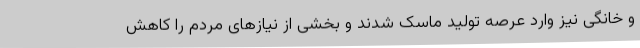
و خانگی نیز وارد عرصه تولید ماسک شدند و بخشی از نیازهای مردم را کاهش